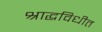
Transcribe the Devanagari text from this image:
श्राद्धविधीत